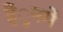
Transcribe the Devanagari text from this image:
हैंुनमें